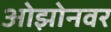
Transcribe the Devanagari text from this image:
ओझोनवर